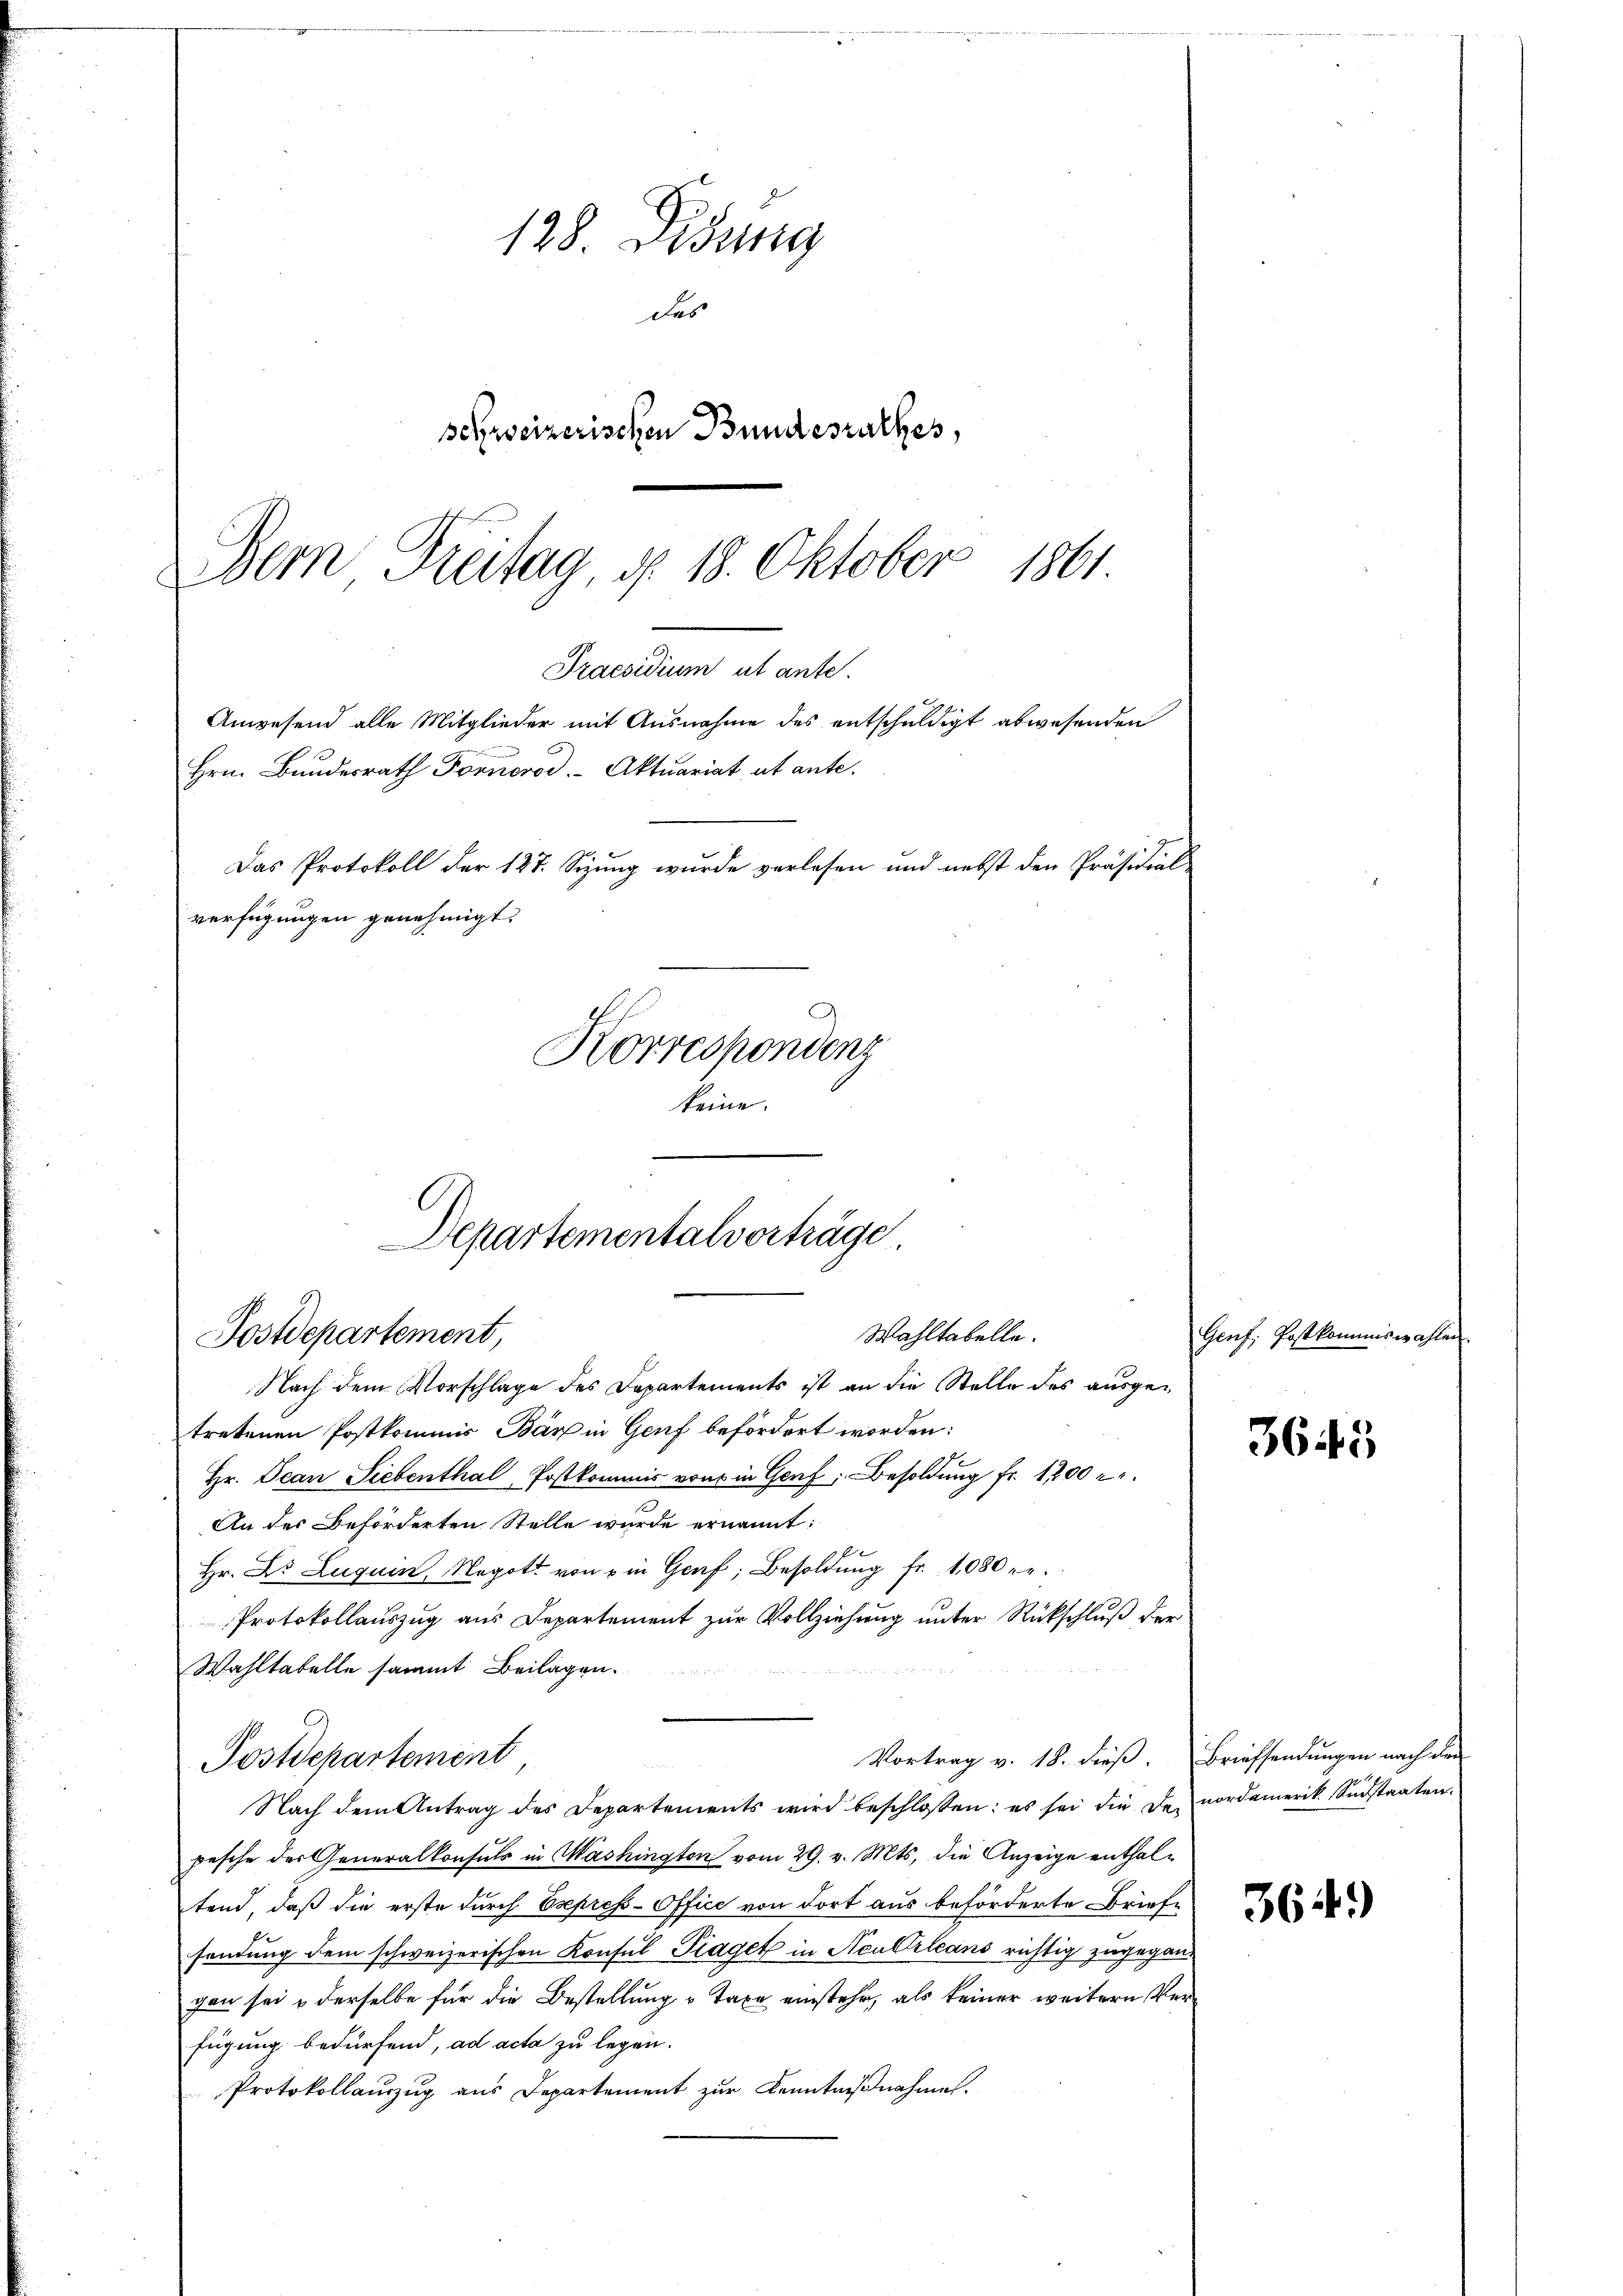
128. Didung
des
schweizerischen Bundesrathes,
Dem Freitag, d. 18. Oktober 1861

Praesidium ut ante.
Anwesend alle Mitglieder mit Ausnahme des entschuldigt abwesenden
Hrn. Bundesrath Fornerod. Aktuariat ut ante.
Das Protokoll der 127. Sizung wurde verlesen und nebst den Präsidialverfügungen genehmigt.

Korrespondenz
keine.

Departementalvorträge.
Wahltabelle.
Postdepartement,
Nach dem Vorschlage des Departements ist an die Stelle des ausge¬

tretenen Postkommis Bär in Genf befördert worden:
Hr. Jean Siebenthal, Postkommis von in Genf, Besoldung fr. 1200 r.
An des Beförderten Stelle wurde ernannt:
b
Hr. Dr. Luquin, Negot von ein Genf, Besoldŭng fr. 1080. e
Protokollauszug aus Departement zur Vollziehung unter Rückschluß der
Wahltabelle sammt Beilagen.
Nach dem Antrag des Departements wird beschlossen: es sei die de nordamerik. Südstaaten.
pesche der Generalkonsuls in Washington vom 29. v. Mts. die Anzeige enthaltend, daß die erste durch Esepress-Office von dort aus beförderte Briefsendung dem schweizerischen Konsul Fraget in Neu Orleans richtig zugegangen sei & derselbe für die Bestellung Taxe einstehe, als keiner weitern Verfügung bedürfend, ad acta zu legen.
Protokollauszug aus Departement zur Kenntnißnahme.

Postdepartement

Vortrag v. 18. dieβ. Briefsandŭngen nach den

Genf, Post kommiswahlen

3645

364)